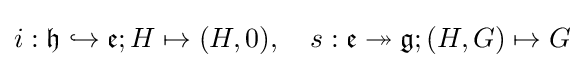
i:{\mathfrak {h}}\hookrightarrow {\mathfrak {e}};H\mapsto (H,0),\quad s:{\mathfrak {e}}\twoheadrightarrow {\mathfrak {g}};(H,G)\mapsto G